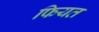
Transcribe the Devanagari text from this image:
फियत